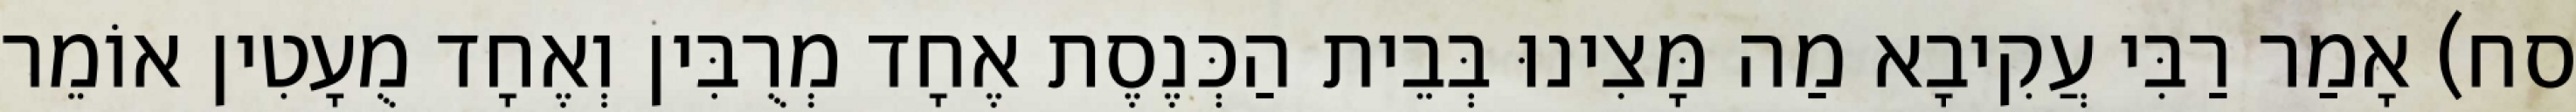
סח) אָמַר רַבִּי עֲקִיבָא מַה מָּצִינוּ בְּבֵית הַכְּנֶסֶת אֶחָד מְרֻבִּין וְאֶחָד מֻעָטִין אוֹמֵר